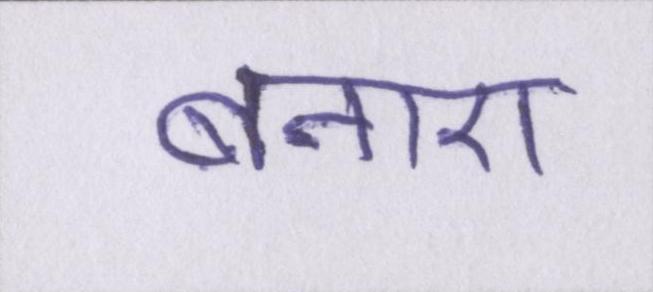
बनाए